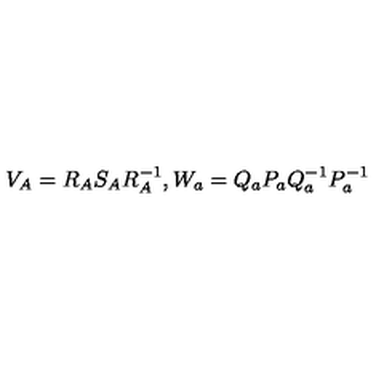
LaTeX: V _ { A } = R _ { A } S _ { A } R _ { A } ^ { - 1 } , W _ { a } = Q _ { a } P _ { a } Q _ { a } ^ { - 1 } P _ { a } ^ { - 1 }